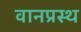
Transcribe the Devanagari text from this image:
वानप्रस्‍थ